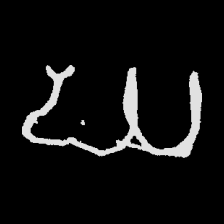
Pyu character \u2014 Myanmar letter: ဃ (romanized: gha)